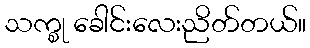
သက္စု ခေါင်းလေးညိတ်တယ်။